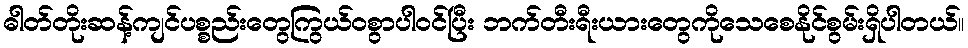
ဓါတ်တိုးဆန့်ကျင်ပစ္စည်းတွေကြွယ်ဝစွာပါဝင်ပြီး ဘက်တီးရီးယားတွေကိုသေစေနိုင်စွမ်းရှိပါတယ်။